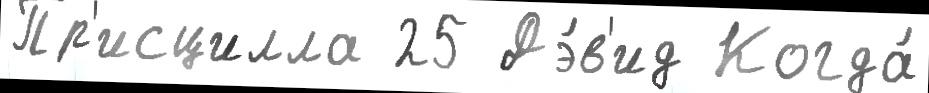
Пр'исцилла 25 Дэ́в'ид Когда́